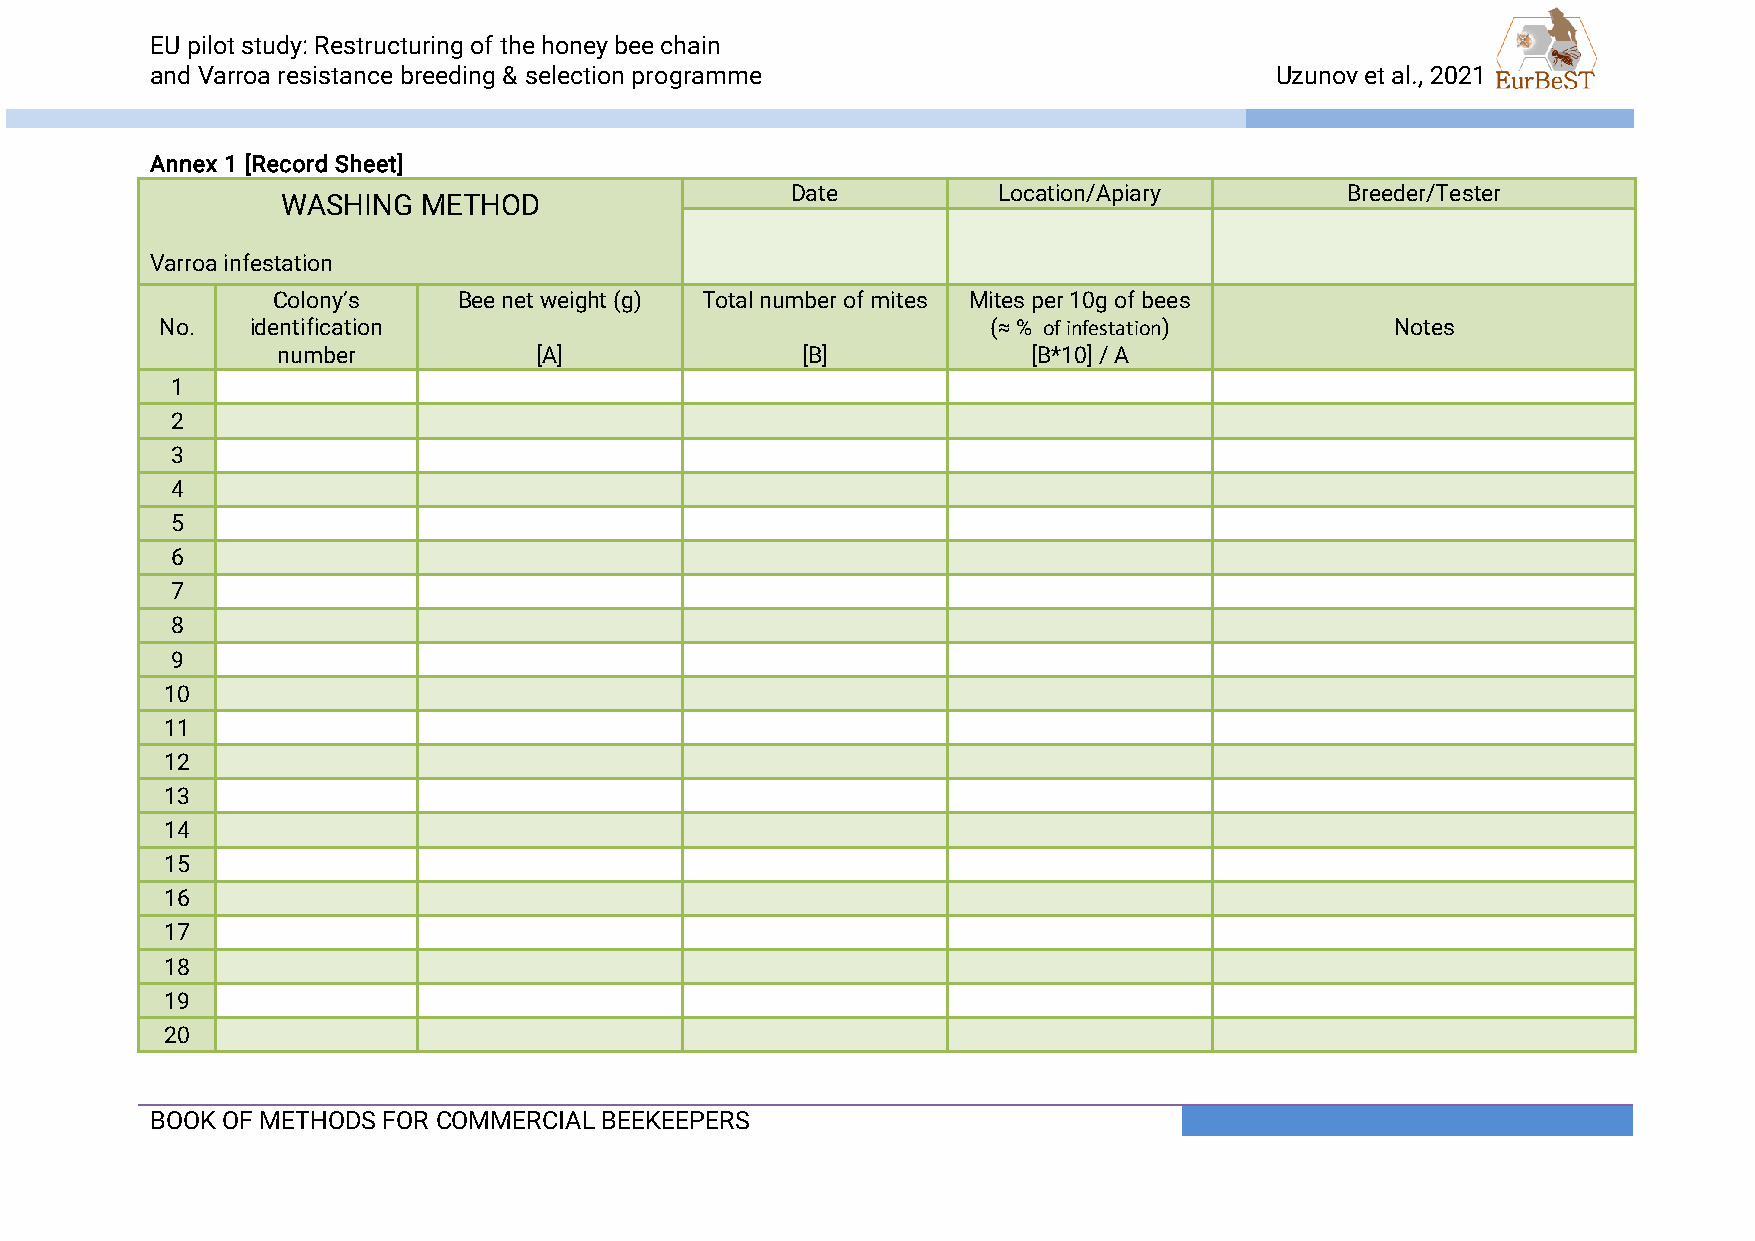
EU pilot study: Restructuring of the honey bee chain
 and Varroa resistance breeding & selection programme                      Uzunov et al., 2021
 Annex 1 [Record Sheet]
 WASHING  METHOD
 Date          Location/Apiary        Breeder/Tester
 Varroa infestation
 Colony’s    Bee net weight (g) Total number of mites Mites per 10g of bees
 No.   identification                                   (≈ % of infestation)      Notes
 number           [A]               [B]            [B*10] / A
 1
 2
 3
 4
 5
 6
 7
 8
 9
 10
 11
 12
 13
 14
 15
 16
 17
 18
 19
 20
 BOOK OF METHODS FOR COMMERCIAL BEEKEEPERS                                                        .